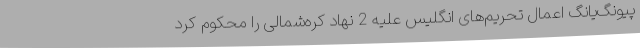
پیونگ‌یانگ اعمال تحریم‌های انگلیس علیه 2 نهاد کره‌شمالی را محکوم کرد